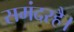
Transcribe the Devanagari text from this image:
समंदरहै।